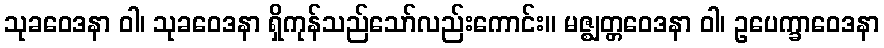
သုခဝေဒနာ ဝါ၊ သုခဝေဒနာ ရှိကုန်သည်သော်လည်းကောင်း။ မဇ္ဈတ္တဝေဒနာ ဝါ၊ ဥပေက္ခာဝေဒနာ